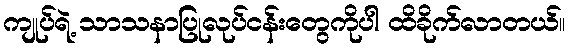
ကျုပ်ရဲ့ သာသနာပြုလုပ်ငန်းတွေကိုပါ ထိခိုက်လာတယ်။